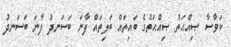
ކަވާސާ ޞިއްޙަތު ޞިއްޙަތުގެ ބައިތައް ބަލިތައް ފާނަ ބަސަނދު ފާނަ ބަސަނދު